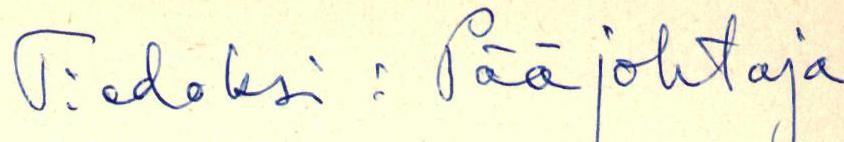
Tiedoksi: Pääjohtaja